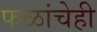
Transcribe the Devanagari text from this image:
फळांचेही